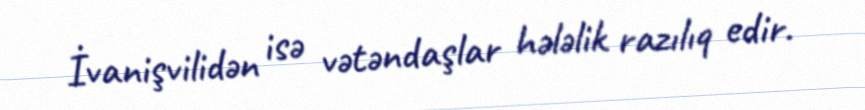
İvanişvilidən isə vətəndaşlar hələlik razılıq edir.